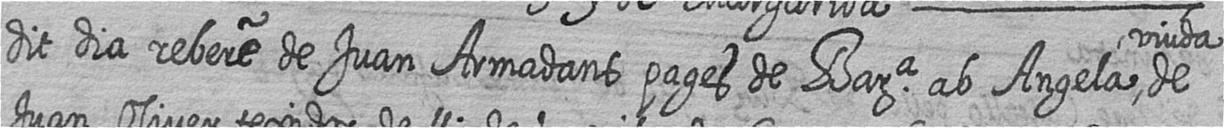
dit dia rebere de Juan Armadans pages de Bara ab Angela viuda de